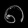
Digit: ၈